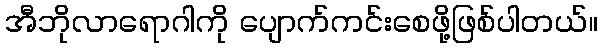
အီဘိုလာရောဂါကို ပျောက်ကင်းစေဖို့ဖြစ်ပါတယ်။